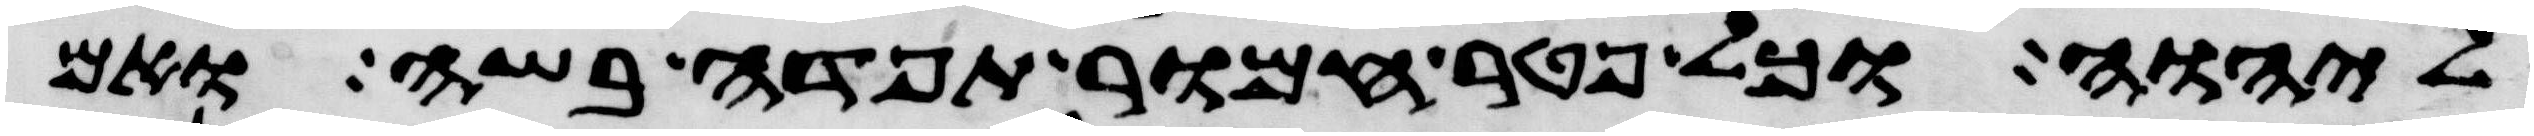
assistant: ליהוה וכל פטר חמור תפדה בשה ואם